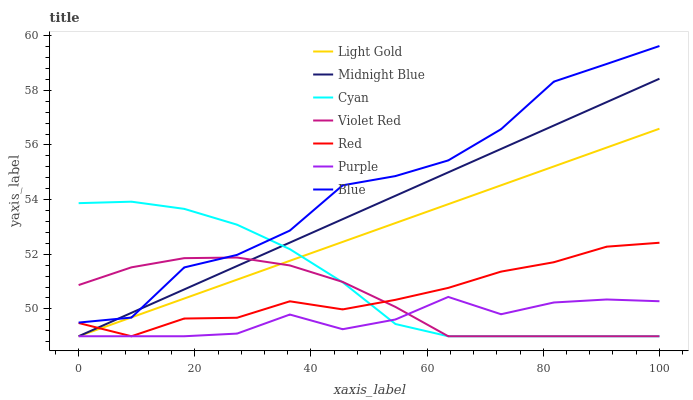
| xaxis_label | Light Gold | Midnight Blue | Cyan | Violet Red | Red | Purple | Blue |
 | --- | --- | --- | --- | --- | --- | --- | --- |
 | 0 | 49 | 49 | 53.9 | 50.9 | 49.5 | 49 | 49.5 |
 | 9.09 | 49.7 | 49.9 | 53.9 | 51.5 | 49 | 49 | 49.7 |
 | 18.2 | 50.4 | 50.7 | 53.7 | 51.9 | 49.6 | 49 | 51.5 |
 | 27.3 | 51.1 | 51.6 | 53.1 | 51.9 | 49.7 | 49.1 | 52 |
 | 36.4 | 51.8 | 52.4 | 52.2 | 51.6 | 50.3 | 49.8 | 52.9 |
 | 45.5 | 52.5 | 53.3 | 51 | 51 | 50 | 49.3 | 54.5 |
 | 54.5 | 53.1 | 54.1 | 49.4 | 50.1 | 50.3 | 49.6 | 54.9 |
 | 63.6 | 53.8 | 55 | 49 | 49 | 50.8 | 50.4 | 55.4 |
 | 72.7 | 54.5 | 55.9 | 49 | 49 | 51.4 | 49.8 | 56.6 |
 | 81.8 | 55.2 | 56.7 | 49 | 49 | 51.7 | 50.2 | 58.3 |
 | 90.9 | 55.9 | 57.6 | 49 | 49 | 52.3 | 50.3 | 59 |
 | 100 | 56.6 | 58.4 | 49 | 49 | 52.4 | 50.3 | 59.6 |